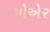
ગોએર